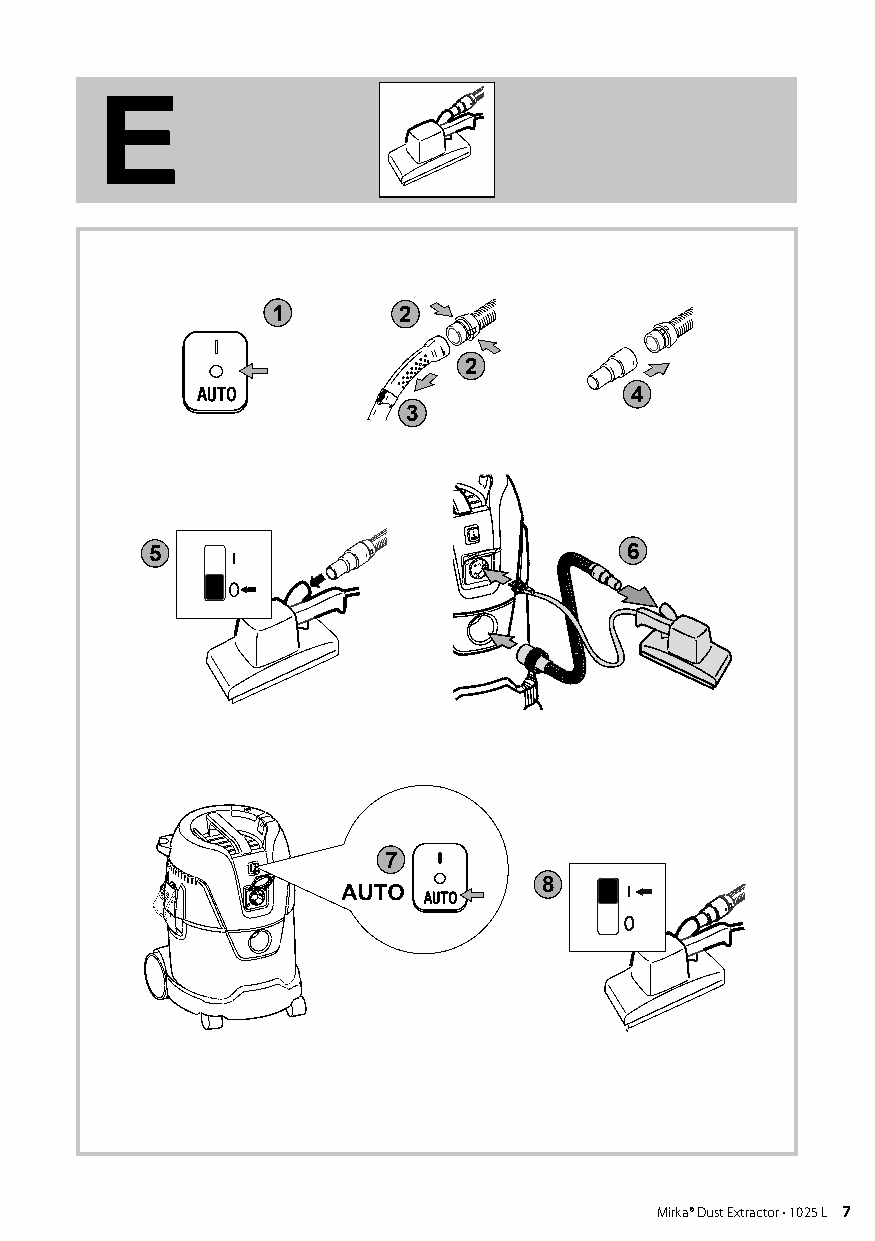
Mirka 122 5
 E
 1       2
 2
 4
 3
 5                              6
 7
 8
 6 Mirka® Dust Extractor • 1025 L           Mirka® Dust Extractor • 7 1025 L 7